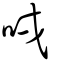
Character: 㖅